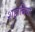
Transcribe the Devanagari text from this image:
शहाबिया